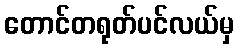
တောင်တရုတ်ပင်လယ်မှ